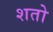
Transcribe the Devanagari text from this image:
शतो